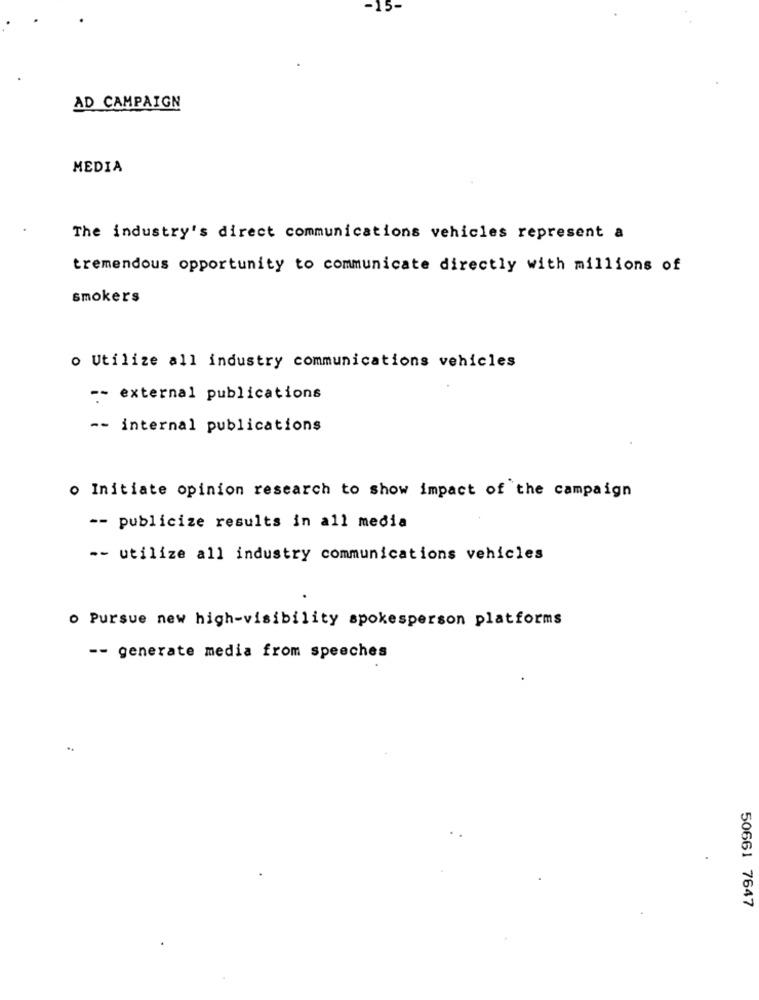
-15-
AD CAMPAIGN
MEDIA
The industry's direct communications vehicles represent a
tremendous opportunity to communicate directly with millions of
smokers
o Utilize all industry communications vehicles
-- external publications
-- internal publications
o Initiate opinion research to show impact of the campaign
-- publicize results in all media
-- utilize all industry communications vehicles
o Pursue new high-visibility spokesperson platforms
-- generate media from speeches
50661 7647